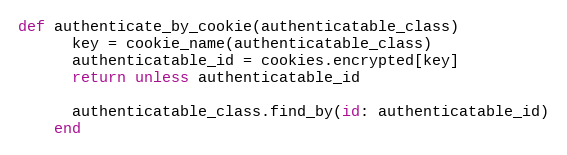
Language: Ruby
def authenticate_by_cookie(authenticatable_class)
      key = cookie_name(authenticatable_class)
      authenticatable_id = cookies.encrypted[key]
      return unless authenticatable_id

      authenticatable_class.find_by(id: authenticatable_id)
    end